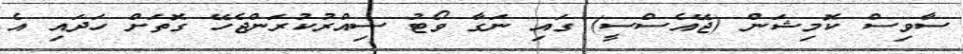
ސާވިސް ކޮމިޝަން (ޖޭއެސްސީ) ގައި ނަގާ ވޯޓު ސިއްރުކުރަންޖެހޭ ގޮތަށް ހަދައި އެ